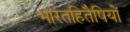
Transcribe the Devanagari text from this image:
भारतहितैषियों